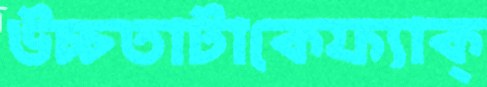
উচ্চতাটাকেফ্যাক্